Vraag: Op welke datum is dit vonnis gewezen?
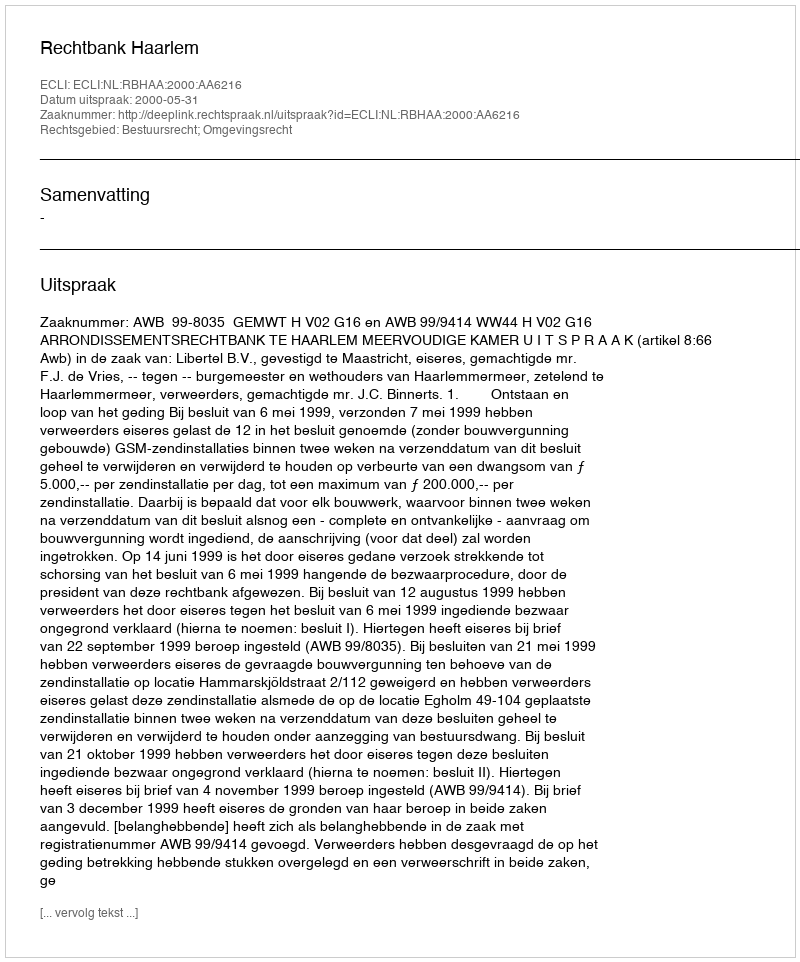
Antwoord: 2000-05-31